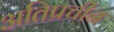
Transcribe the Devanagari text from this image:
अतिप्रचीन